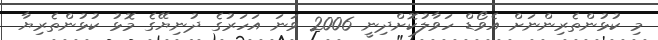
މި ކުޅުންތެރިންނަށް އެވޯޑް ހަވާލުކޮށްދިނީ 2006 ވަނަ އަހަރުގެ ދުނިޔޭގެ މޮޅު ކުޅުންތެރިޔާ